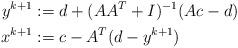
LaTeX: \begin{align*}y^{k+1} &:= d + (AA^T + I)^{-1}(Ac -d) \\x^{k+1} &:= c - A^T(d-y^{k+1})\end{align*}